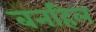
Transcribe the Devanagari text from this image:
बनहिल